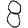
Digit: 8